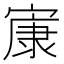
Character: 㝩